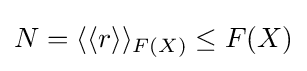
N=\langle \langle r\rangle \rangle _{F(X)}\leq F(X)